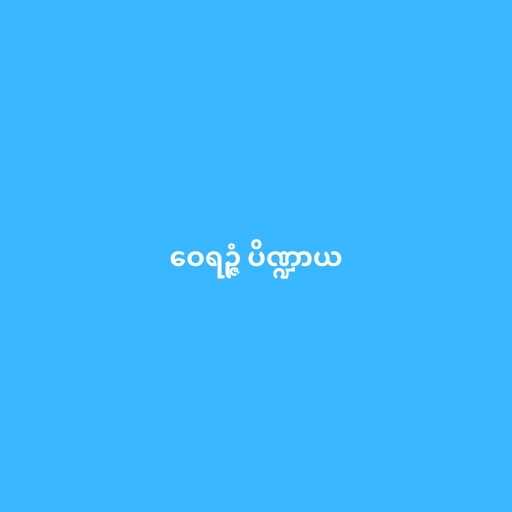
ဝေရဉ္ဇံ ပိဏ္ဍာယ